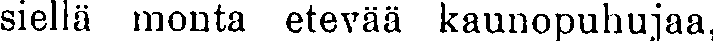
siellä monta etevää kaunopuhujaa,